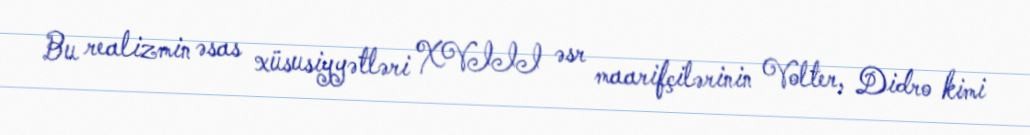
Bu realizmin əsas xüsusiyyətləri XVIII əsr maarifçilərinin Volter, Didro kimi